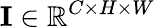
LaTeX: \mathbf{I}\in\mathbb{R}^{C\times H\times W}